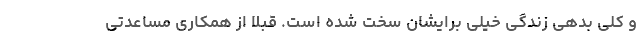
و کلی بدهی زندگی خیلی برایشان سخت شده است. قبلا از همکاری مساعدتی